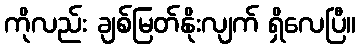
ကိုလည်း ချစ်မြတ်နိုးလျက် ရှိလေပြီ။